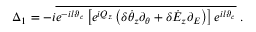
\Delta _ { 1 } = - i \overline { { e ^ { - i l \vartheta _ { c } } \left[ e ^ { i Q _ { z } } \left( \delta \dot { \theta } _ { z } \partial _ { \theta } + \delta \dot { \cal E } _ { z } \partial _ { \cal E } \right) \right] e ^ { i l \vartheta _ { c } } } } \; .